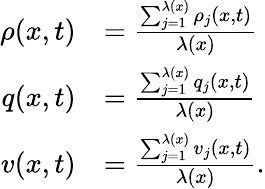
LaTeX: \begin{array}{rl}{\rho(x,t)}&{=\frac{\sum_{j=1}^{\lambda(x)}\rho_{j}(x,t)}{\lambda(x)}}\\ {q(x,t)}&{=\frac{\sum_{j=1}^{\lambda(x)}q_{j}(x,t)}{\lambda(x)}}\\ {v(x,t)}&{=\frac{\sum_{j=1}^{\lambda(x)}v_{j}(x,t)}{\lambda(x)}.}\end{array}